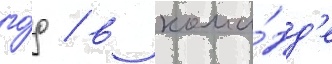
го́д / в кома́нд'е